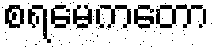
စရမေကတော